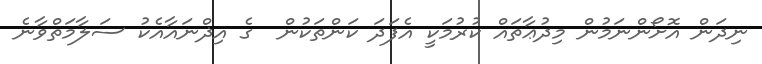
ނިދަން އޮށޯންނަމުން މިދުޢާތައް ކުރުމަކީ އެފަދަ ކަންތަކުން  ގެ އިޛްނައާއެކު ސަލާމަތްވާނެ